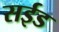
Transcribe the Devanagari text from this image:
सईड